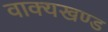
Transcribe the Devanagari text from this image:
वाक्यखण्ड